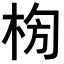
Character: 𣑈